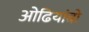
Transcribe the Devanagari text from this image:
ओढियांबो